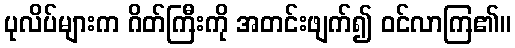
ပုလိပ်များက ဂိတ်ကြီးကို အတင်းဖျက်၍ ဝင်လာကြ၏။